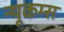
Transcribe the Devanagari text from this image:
न्यूकम्स